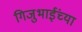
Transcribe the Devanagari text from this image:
गिजुभाईंच्या